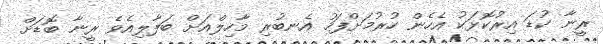
ރީނާ ކުޑަ އިރުކޮޅަކު އެހެން ހުރުމަށްފަހު އެނބުރި މާހިލްއަށް ބަލާލިއެވެ ރީނާ ބޮޑަށް